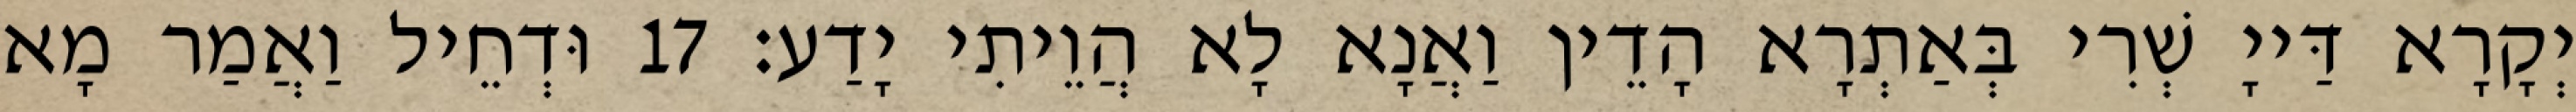
יְקָרָא דַּייָ שְׁרִי בְּאַתְרָא הָדֵין וַאֲנָא לָא הֲוֵיתִי יָדַע׃ 17 וּדְחֵיל וַאֲמַר מָא